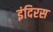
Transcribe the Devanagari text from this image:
इंदिरस